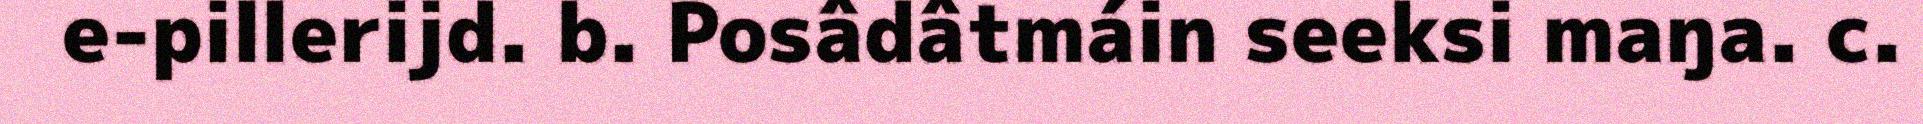
e-pillerijd. b. Posâdâtmáin seeksi maŋa. c.